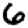
Digit: 6